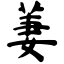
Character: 萋